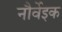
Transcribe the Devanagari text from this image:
नौर्वेइक